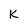
Character: K